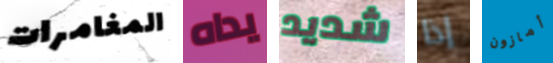
المغامرات يداه شديد إذا أمازون